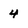
Character: 4